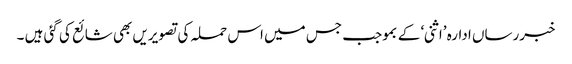
خبررساں ادارہ ’اثنی‘ کے بموجب جس میں اس حملہ کی تصویریں بھی شائع کی گئی ہیں ۔